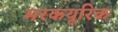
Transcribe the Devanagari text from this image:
मरकयूरिक